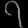
Digit: ၇